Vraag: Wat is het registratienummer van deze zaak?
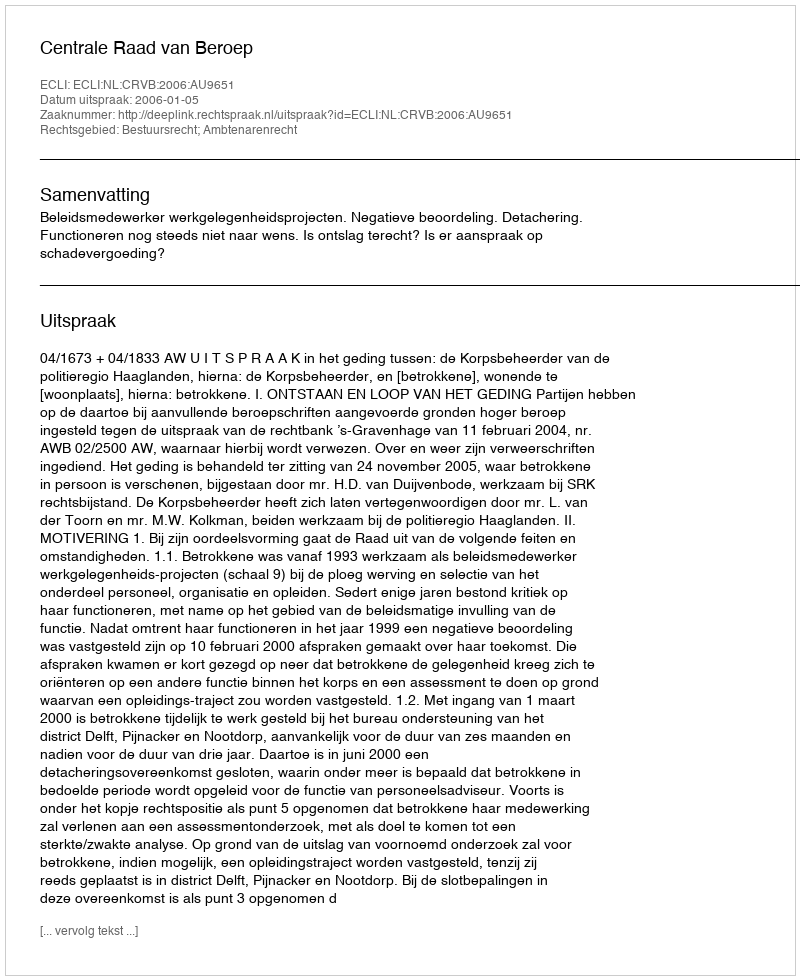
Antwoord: http://deeplink.rechtspraak.nl/uitspraak?id=ECLI:NL:CRVB:2006:AU9651